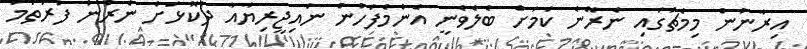
އިރާނުން މިމެޗުގައި ނެރޭނެ ކަމަށް ބެލެވެނީ އެންމެފަހުން ނައިޖީރިޔާއާ ދެކޮޅަށް ނެރުނު ފުރަތަމަ